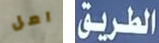
امل الطريق